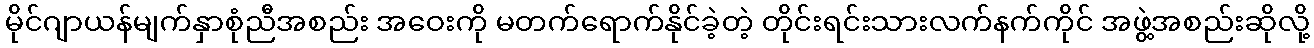
မိုင်ဂျာယန်မျက်နှာစုံညီအစည်း အဝေးကို မတက်ရောက်နိုင်ခဲ့တဲ့ တိုင်းရင်းသားလက်နက်ကိုင် အဖွဲ့အစည်းဆိုလို့